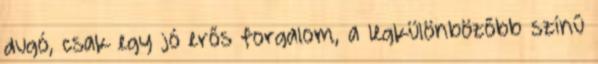
dugó, csak egy jó erős forgalom, a legkülönbözőbb színű